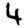
Digit: 4